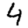
Digit: 4